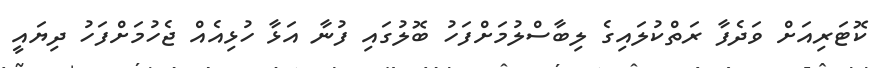
ކޮޓަރިއަށް ވަދެފާ ރަތްކުލައިގެ ލިބާސްލުމަށްފަހު ބޮލުގައި ފުނާ އަޅާ ހުޅިއެއް ޖެހުމަށްފަހު ދިޔައީ